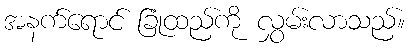
အနက်ရောင် ခြုံထည်ကို လွှမ်းလာသည်။